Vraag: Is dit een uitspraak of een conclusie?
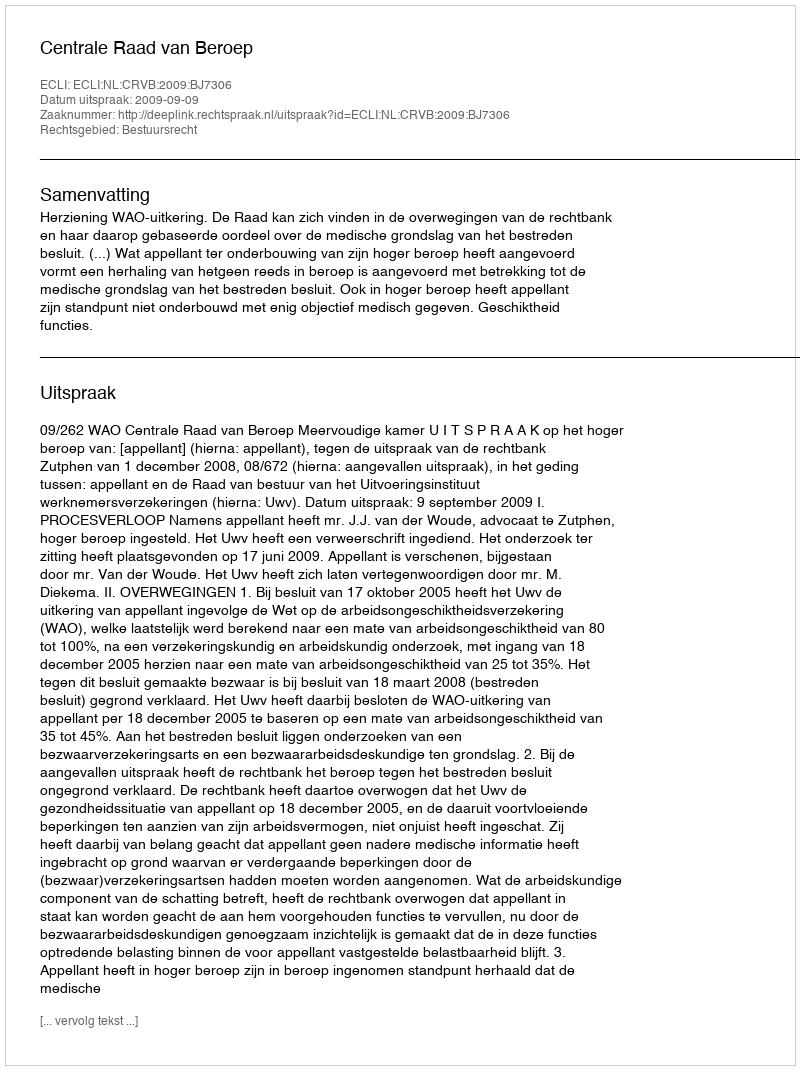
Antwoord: Uitspraak